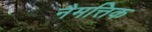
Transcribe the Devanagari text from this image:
नैमत्तिक